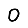
Digit: 0